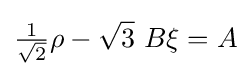
{\tfrac {1}{\sqrt {2}}}\rho -{\sqrt {3}}~B\xi =A